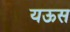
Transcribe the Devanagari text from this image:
यऊस